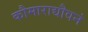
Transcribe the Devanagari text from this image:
कौमाराद्यौवनं